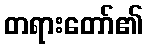
တရားတော်၏